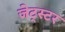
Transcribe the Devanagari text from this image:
जेट्स्टर